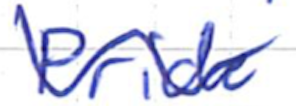
Text: Pride
Cross-out: wave
Writing tool: ballpoint